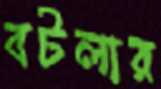
বটলার